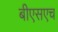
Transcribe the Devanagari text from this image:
बीएसएच